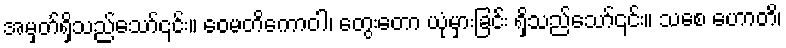
အမှတ်ရှိသည်သော်၎င်း။ ဝေမတိကောဝါ၊ တွေးတော ယုံမှားခြင်း ရှိသည်သော်၎င်း။ သစေ ဟောတိ၊